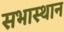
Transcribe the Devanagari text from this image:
सभास्थान